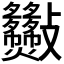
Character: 𣀿